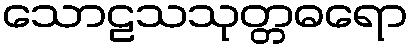
သောဠသသုတ္တဓရော